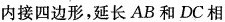
内接四边形，延长AB和DC相